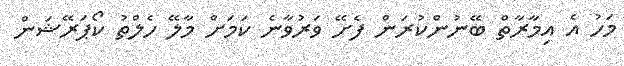
މަހު އެ އިމާރާތް ބޭނުންކުރަން ފެށޭ ވަރުވާނެ ކަމަށް މާލޭ ހެލްތު ކޯޕަރޭޝަން